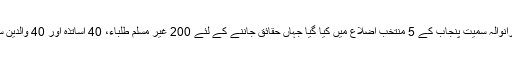
مذکورہ رپورٹ بہاولپور، ملتان، خانیوال، ننکانہ صاحب اور گوجرانوالہ سمیت پنجاب کے 5 منتخب اضلاع میں کیا گیا جہاں حقائق جاننے کے لئے 200 غیر مسلم طلباء، 40 اساتذہ اور 40 والدین سے براہ راست امتیازی سلوک کے بارے میں سوالات کیے گئے ۔